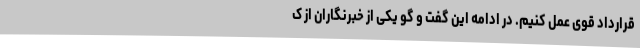
قرارداد قوی عمل کنیم. در ادامه این گفت و گو یکی از خبرنگاران از ک